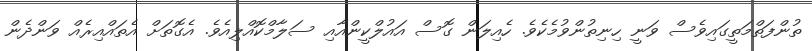
ތުންފަތްމަތީގައިވެސް ވަނީ ހިނިތުންވުމެކެވެ. ހެއިލަން ގޮސް އައުލްކީންއާއި ސަލާމްކޮއްލިއެވެ. އެގޮތަށް އެތައްއިރެއް ވަންދެން